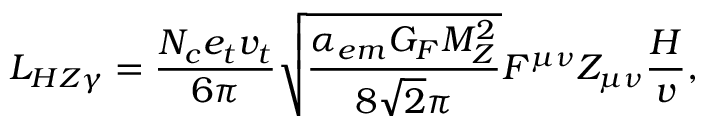
{ \cal L } _ { H Z \gamma } = \frac { N _ { c } e _ { t } v _ { t } } { 6 \pi } \sqrt { \frac { \alpha _ { e m } G _ { F } M _ { Z } ^ { 2 } } { 8 \sqrt 2 \pi } } F ^ { \mu \nu } Z _ { \mu \nu } \frac { H } { v } ,